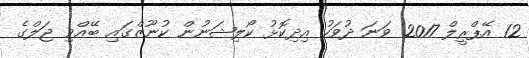
12 އޭޕްރީލް 2017 ވަނަ ދުވަހު އިދިކޮޅު ކޯލިޝަނުން ކުނޫޒްގައި ބޭއްވި ޖަލްގެ